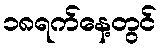
၁၈ရက်နေ့တွင်